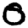
Digit: 0